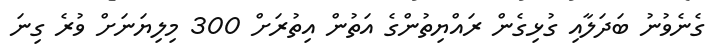
ގެނެވުނު ބަދަލާއި ގުޅިގެން ރައްޔިތުންގެ އަތުން އިތުރަށް 300 މިލިޔަނަށް ވުރެ ގިނަ